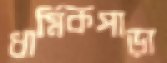
ধার্মিকপাড়া